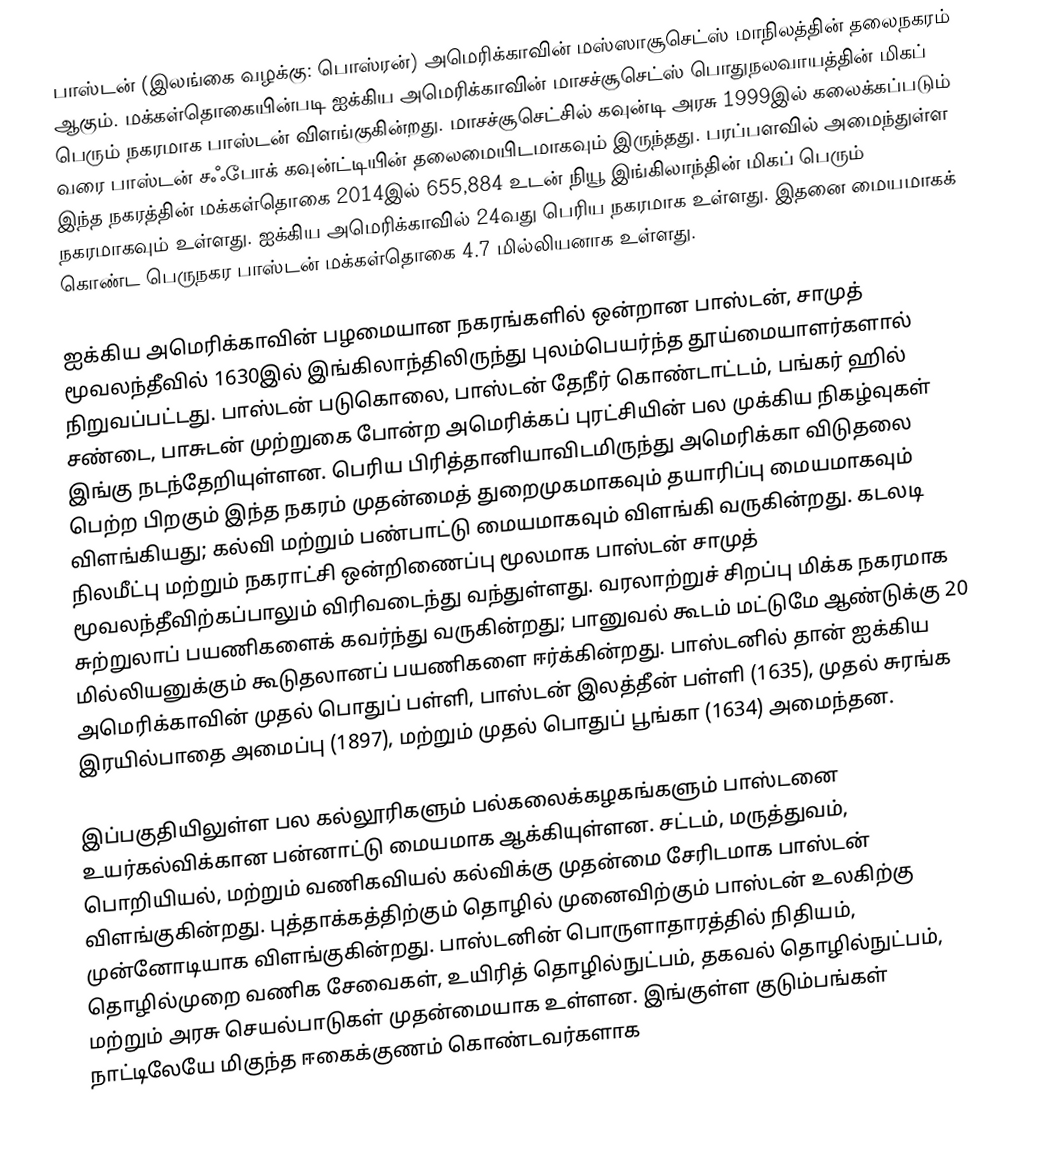
பாஸ்டன் (இலங்கை வழக்கு: பொஸ்ரன்) அமெரிக்காவின் மஸ்ஸாசூசெட்ஸ் மாநிலத்தின் தலைநகரம் ஆகும். மக்கள்தொகையின்படி ஐக்கிய அமெரிக்காவின் மாசச்சூசெட்ஸ்  பொதுநலவாயத்தின் மிகப் பெரும் நகரமாக பாஸ்டன் விளங்குகின்றது. மாசச்சூசெட்சில் கவுன்டி அரசு 1999இல் கலைக்கப்படும் வரை பாஸ்டன் சஃபோக் கவுன்ட்டியின் தலைமையிடமாகவும் இருந்தது.  பரப்பளவில் அமைந்துள்ள இந்த நகரத்தின் மக்கள்தொகை 2014இல் 655,884 உடன்   நியூ இங்கிலாந்தின் மிகப் பெரும் நகரமாகவும் உள்ளது.  ஐக்கிய அமெரிக்காவில் 24வது பெரிய நகரமாக உள்ளது. இதனை மையமாகக் கொண்ட பெருநகர பாஸ்டன் மக்கள்தொகை 4.7 மில்லியனாக உள்ளது.

ஐக்கிய அமெரிக்காவின் பழமையான நகரங்களில் ஒன்றான பாஸ்டன், சாமுத் மூவலந்தீவில்  1630இல்  இங்கிலாந்திலிருந்து புலம்பெயர்ந்த  தூய்மையாளர்களால் நிறுவப்பட்டது.  பாஸ்டன் படுகொலை,  பாஸ்டன் தேநீர் கொண்டாட்டம்,  பங்கர் ஹில் சண்டை,  பாசுடன் முற்றுகை போன்ற அமெரிக்கப் புரட்சியின் பல முக்கிய நிகழ்வுகள் இங்கு நடந்தேறியுள்ளன. பெரிய பிரித்தானியாவிடமிருந்து அமெரிக்கா விடுதலை பெற்ற பிறகும் இந்த நகரம் முதன்மைத் துறைமுகமாகவும் தயாரிப்பு மையமாகவும் விளங்கியது; கல்வி மற்றும்  பண்பாட்டு மையமாகவும் விளங்கி வருகின்றது.  கடலடி நிலமீட்பு மற்றும் நகராட்சி ஒன்றிணைப்பு மூலமாக பாஸ்டன் சாமுத் மூவலந்தீவிற்கப்பாலும் விரிவடைந்து வந்துள்ளது. வரலாற்றுச் சிறப்பு மிக்க நகரமாக சுற்றுலாப் பயணிகளைக் கவர்ந்து வருகின்றது; பானுவல் கூடம் மட்டுமே ஆண்டுக்கு 20 மில்லியனுக்கும் கூடுதலானப் பயணிகளை ஈர்க்கின்றது. பாஸ்டனில் தான் ஐக்கிய அமெரிக்காவின் முதல் பொதுப் பள்ளி, பாஸ்டன் இலத்தீன் பள்ளி (1635), முதல் சுரங்க இரயில்பாதை அமைப்பு (1897), மற்றும் முதல் பொதுப் பூங்கா (1634) அமைந்தன.

இப்பகுதியிலுள்ள பல கல்லூரிகளும் பல்கலைக்கழகங்களும் பாஸ்டனை உயர்கல்விக்கான பன்னாட்டு மையமாக ஆக்கியுள்ளன. சட்டம், மருத்துவம், பொறியியல், மற்றும் வணிகவியல் கல்விக்கு முதன்மை சேரிடமாக பாஸ்டன் விளங்குகின்றது. புத்தாக்கத்திற்கும்  தொழில் முனைவிற்கும் பாஸ்டன் உலகிற்கு முன்னோடியாக விளங்குகின்றது. பாஸ்டனின் பொருளாதாரத்தில் நிதியம், தொழில்முறை வணிக சேவைகள், உயிரித் தொழில்நுட்பம், தகவல் தொழில்நுட்பம், மற்றும் அரசு செயல்பாடுகள் முதன்மையாக உள்ளன. இங்குள்ள குடும்பங்கள் நாட்டிலேயே மிகுந்த ஈகைக்குணம் கொண்டவர்களாக